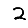
Digit: 2